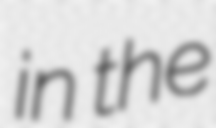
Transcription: in the